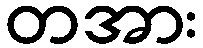
တအား